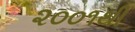
૨૦૦૧થી